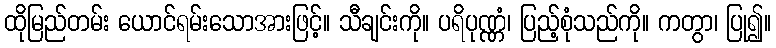
ထိုမြည်တမ်း ယောင်ရမ်းသောအားဖြင့်။ သီချင်းကို။ ပရိပုဏ္ဏံ၊ ပြည့်စုံသည်ကို။ ကတွာ၊ ပြု၍။